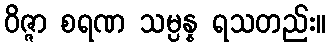
ဝိဇ္ဇာ စရဏ သမ္ပန္န ရသတည်း။